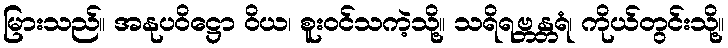
မြားသည်။ အနုပဝိဋ္ဌော ဝိယ၊ စူးဝင်သကဲ့သို့။ သရိရဗ္ဘန္တရံ၊ ကိုယ်တွင်းသို့။